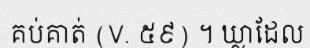
គប់គាត់ (V. ៥៩) ។ ឃ្លាដែល